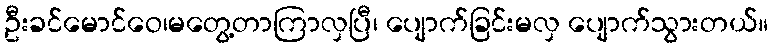
ဦးခင်မောင်ဝေ၊မတွေ့တာကြာလှပြီ၊ ပျောက်ခြင်းမလှ ပျောက်သွားတယ်။